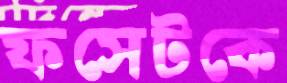
ফসেটকে